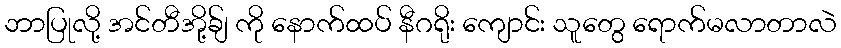
ဘာပြုလို့ အင်တီအို့ခ်ျ ကို နောက်ထပ် နီဂရိုး ကျောင်း သူတွေ ရောက်မလာတာလဲ